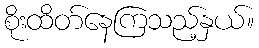
စိုးထိတ်နေကြသည့်နှယ်။